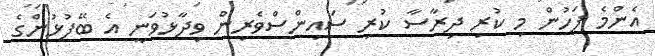
އެންމެ ފަހުން މި ކުރި ދިރާސާ ކުރި ސައިންސްވެރިން ވިދާޅުވަނީ އެ ބޭފުޅުންގެ